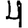
Digit: 4